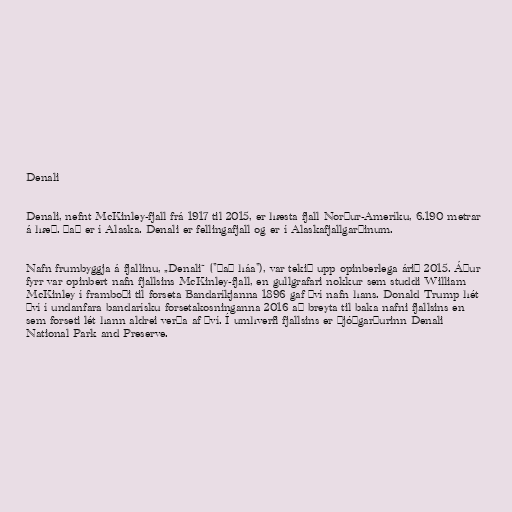
Denali

Denali, nefnt McKinley-fjall frá 1917 til 2015, er hæsta fjall Norður-Ameríku, 6.190 metrar
á hæð. Það er í Alaska. Denali er fellingafjall og er í Alaskafjallgarðinum.

Nafn frumbyggja á fjallinu, „Denali“ ("Það háa"), var tekið upp opinberlega árið 2015. Áður
fyrr var opinbert nafn fjallsins McKinley-fjall, en gullgrafari nokkur sem studdi William
McKinley í framboði til forseta Bandaríkjanna 1896 gaf því nafn hans. Donald Trump hét
því í undanfara bandarísku forsetakosninganna 2016 að breyta til baka nafni fjallsins en
sem forseti lét hann aldrei verða af því. Í umhverfi fjallsins er þjóðgarðurinn Denali
National Park and Preserve.